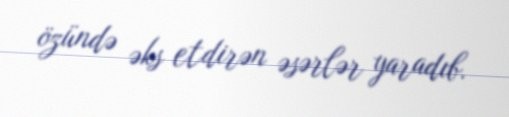
özündə əks etdirən əsərlər yaradıb.